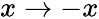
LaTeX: x\rightarrow-x